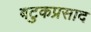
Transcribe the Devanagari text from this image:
बटुकप्रसाद